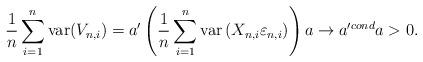
LaTeX: \begin{align*}\frac{1}{n}\sum_{i=1}^n \mbox{var}(V_{n,i})=a^{\prime }\left(\frac{1}{n}\sum_{i=1}^n\mbox{var}\left(X_{n,i}\varepsilon_{n,i}\right)\right)a\rightarrow a^{\prime cond} a>0.\end{align*}